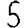
Digit: 5